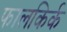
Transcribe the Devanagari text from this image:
फालकिर्क